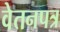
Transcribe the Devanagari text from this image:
वेतनपत्र